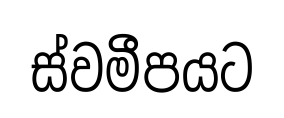
ස්වමීපයට